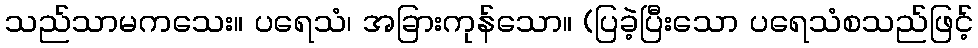
သည်သာမကသေး။ ပရေသံ၊ အခြားကုန်သော။ (ပြခဲ့ပြီးသော ပရေသံစသည်ဖြင့်